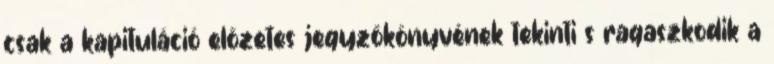
csak a kapituláció elõzetes jegyzõkönyvének tekinti s ragaszkodik a